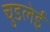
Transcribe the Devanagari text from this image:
चुडलेई